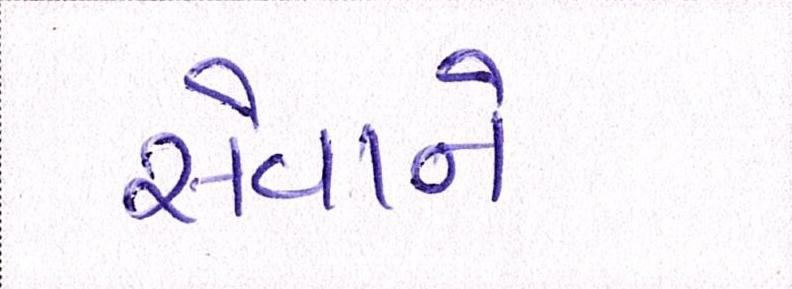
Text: સેવાને